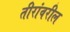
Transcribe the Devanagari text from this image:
तीरांवरील